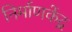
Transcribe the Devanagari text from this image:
निर्माणकेंद्र